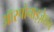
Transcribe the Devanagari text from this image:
ऑस्पोनाइज़ेशन